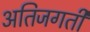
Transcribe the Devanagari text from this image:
अतिजगती